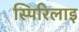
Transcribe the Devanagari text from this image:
स्पिरिलाइ